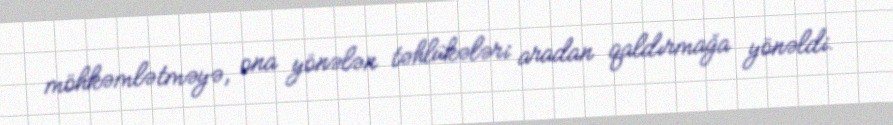
möhkəmlətməyə, ona yönələn təhlükələri aradan qaldırmağa yönəldi.